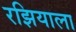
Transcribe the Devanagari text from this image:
रझियाला